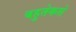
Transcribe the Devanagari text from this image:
बहुतेकसे